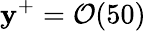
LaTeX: \mathbf{y}^{+}=\mathcal{{O}}(50)